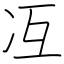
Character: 冱